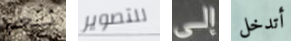
نعم للتصوير إلى أتدخل